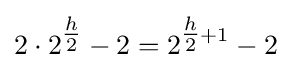
2\cdot 2^{\tfrac {h}{2}}-2=2^{{\tfrac {h}{2}}+1}-2